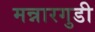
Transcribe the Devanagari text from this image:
मन्नारगुडी